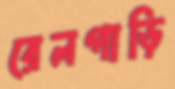
রেলগাড়ি